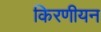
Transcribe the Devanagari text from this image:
किरणीयन